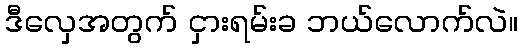
ဒီလှေအတွက် ငှားရမ်းခ ဘယ်လောက်လဲ။